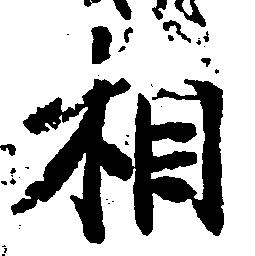
相